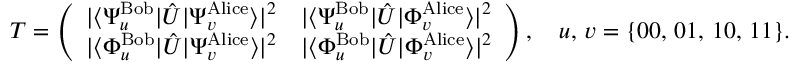
T = \left( \begin{array} { l l } { | \langle { \Psi _ { u } ^ { \mathrm { B o b } } } | \hat { U } | { \Psi _ { v } ^ { \mathrm { A l i c e } } } \rangle | ^ { 2 } } & { | \langle { \Psi _ { u } ^ { \mathrm { B o b } } } | \hat { U } | { \Phi _ { v } ^ { \mathrm { A l i c e } } } \rangle | ^ { 2 } } \\ { | \langle { \Phi _ { u } ^ { \mathrm { B o b } } } | \hat { U } | { \Psi _ { v } ^ { \mathrm { A l i c e } } } \rangle | ^ { 2 } } & { | \langle { \Phi _ { u } ^ { \mathrm { B o b } } } | \hat { U } | { \Phi _ { v } ^ { \mathrm { A l i c e } } } \rangle | ^ { 2 } } \end{array} \right) , \quad u , \, v = \{ 0 0 , \, 0 1 , \, 1 0 , \, 1 1 \} .